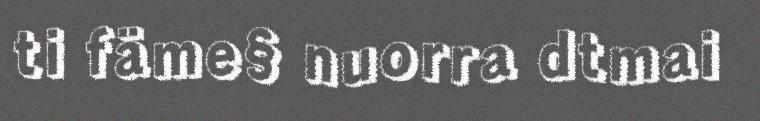
ti fäme§ nuorra dtmai